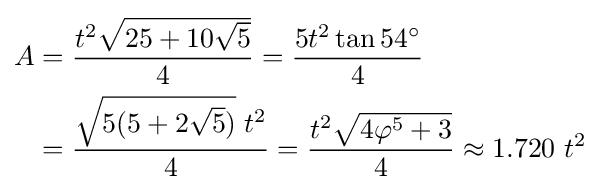
{\begin{aligned}A&={\frac {t^{2}{\sqrt {25+10{\sqrt {5}}}}}{4}}={\frac {5t^{2}\tan 54^{\circ }}{4}}\\&={\frac {{\sqrt {5(5+2{\sqrt {5}})}}\;t^{2}}{4}}={\frac {t^{2}{\sqrt {4\varphi ^{5}+3}}}{4}}\approx 1.720~t^{2}\end{aligned}}